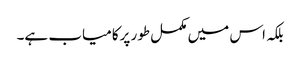
بلکہ اس میں مکمل طور پرکامیاب ہے۔